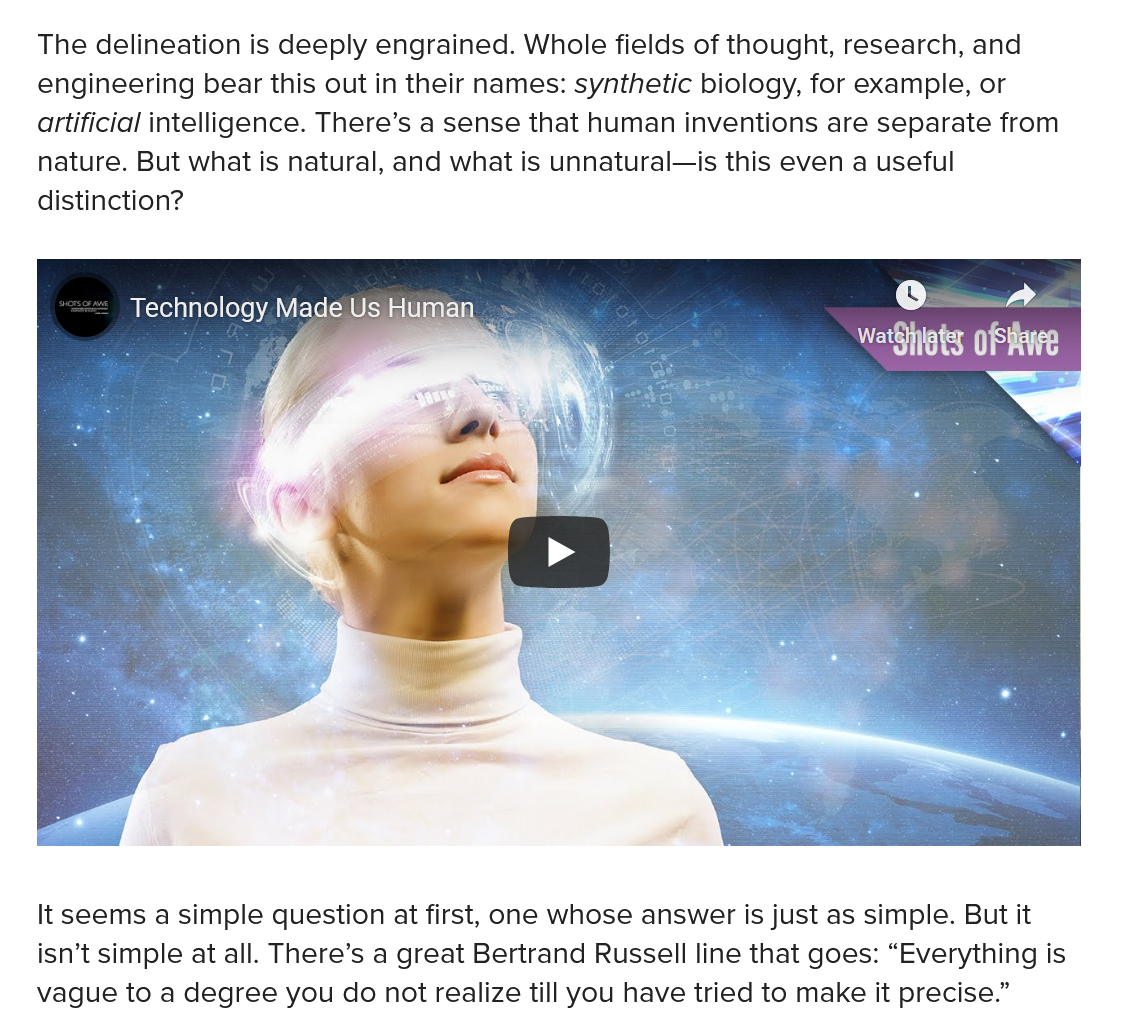
Technology Made Us Human
     WEN) cla
   It seems a simple question at first, one whose answer is just as simple. But it
   isn’t simple at all. There’s a great Bertrand Russell line that goes: “Everything is
   vague to a degree you do not realize till you have tried to make it precise.”
   The delineation is deeply engrained. Whole fields of thought, research, and
   engineering bear this out in their names: synthetic biology, for example, or
   artificial intelligence. There’s a sense that human inventions are separate from
   nature. But what is natural, and what is unnatural—is this even a useful
   distinction?